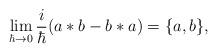
LaTeX: \begin{align*}\lim _{\hbar \rightarrow 0}\frac i\hbar (a*b-b*a)=\{a,b\},\end{align*}